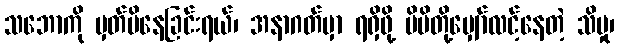
သဘောကို မှတ်မိနေခြင်းရယ်၊ အနာဂတ်မှာ ရရှိဖို့ မိမိတို့မျှော်လင့်နေတဲ့ သိမှု၊